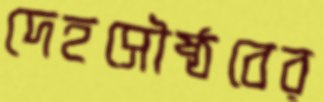
দেহসৌষ্ঠবের